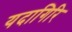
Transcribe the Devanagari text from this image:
यदागिरि